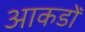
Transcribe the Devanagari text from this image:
आकडोँ